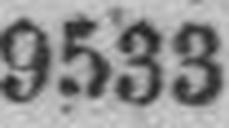
9533